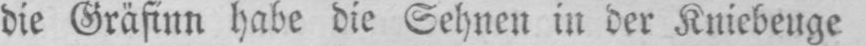
die Gräfinn habe die Sehnen in der Kniebeuge